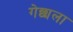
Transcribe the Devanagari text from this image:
गेछाला